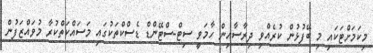
މިކަމަށްޓަކައި މި ބޭފުޅުން ކުރެއްވި ދިރާސާއިން ހާމަވީ ސިޓް-ސްޓޭންޑް ޑެސްކްތަކުގައި މަސައްކަތްކުރާ މުވަައްޒަފުން